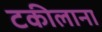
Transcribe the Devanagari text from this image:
टकीलाना